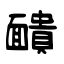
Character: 靧